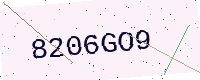
Text: 8206GO9